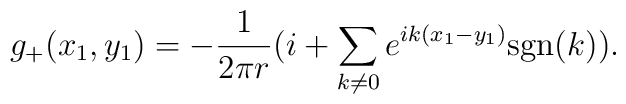
g_+(x_1,y_1)=-\frac{1}{2\pi r}(i+\sum _{k \neq 0}e^{ik(x_1-y_1)}\mbox{sgn}(k)).